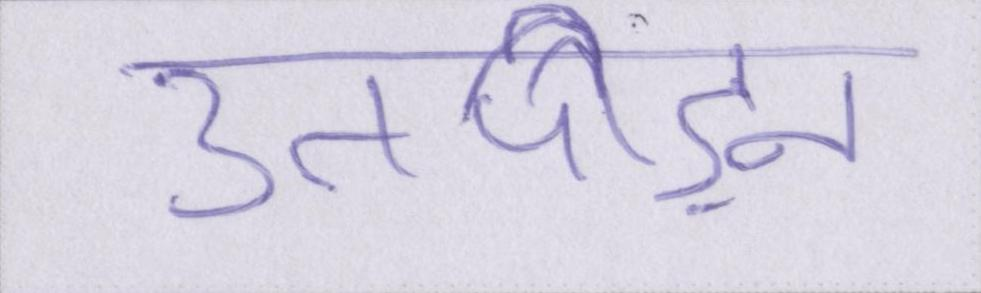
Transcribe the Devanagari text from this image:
उतपीड़न